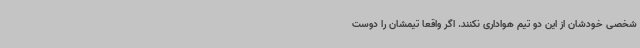
شخصی خودشان از این دو تیم هواداری نکنند. اگر واقعا تیمشان را دوست